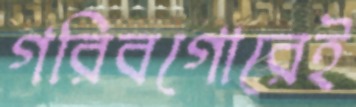
গরিবগোরেই